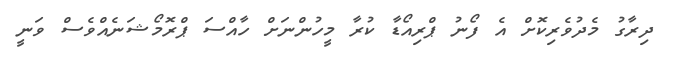
ދިރާގު މެދުވެރިކޮށް އެ ފޯނު ޕްރިއޯޑާ ކުރާ މީހުންނަށް ހާއްސަ ޕްރޮމޯޝަނެއްވެސް ވަނީ